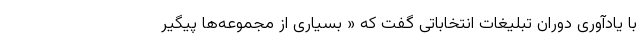
با یادآوری دوران تبلیغات انتخاباتی گفت که « بسیاری از مجموعه‌ها پیگیر